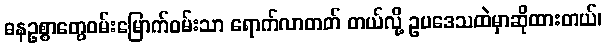
ဓနဥစ္စာတွေဝမ်းမြောက်ဝမ်းသာ ရောက်လာတတ် တယ်လို့ ဥပဒေသထဲမှာဆိုထားတယ်၊